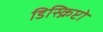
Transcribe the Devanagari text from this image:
डिस्क्रिप्टो